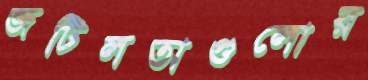
জটিলতাগুলোর